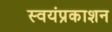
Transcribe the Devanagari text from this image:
स्वयंप्रकाशन